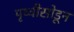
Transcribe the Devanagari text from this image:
पृथ्वीसोडून